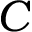
C